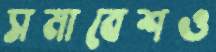
সমাবেশও